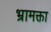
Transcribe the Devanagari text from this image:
भ्रामक्ता